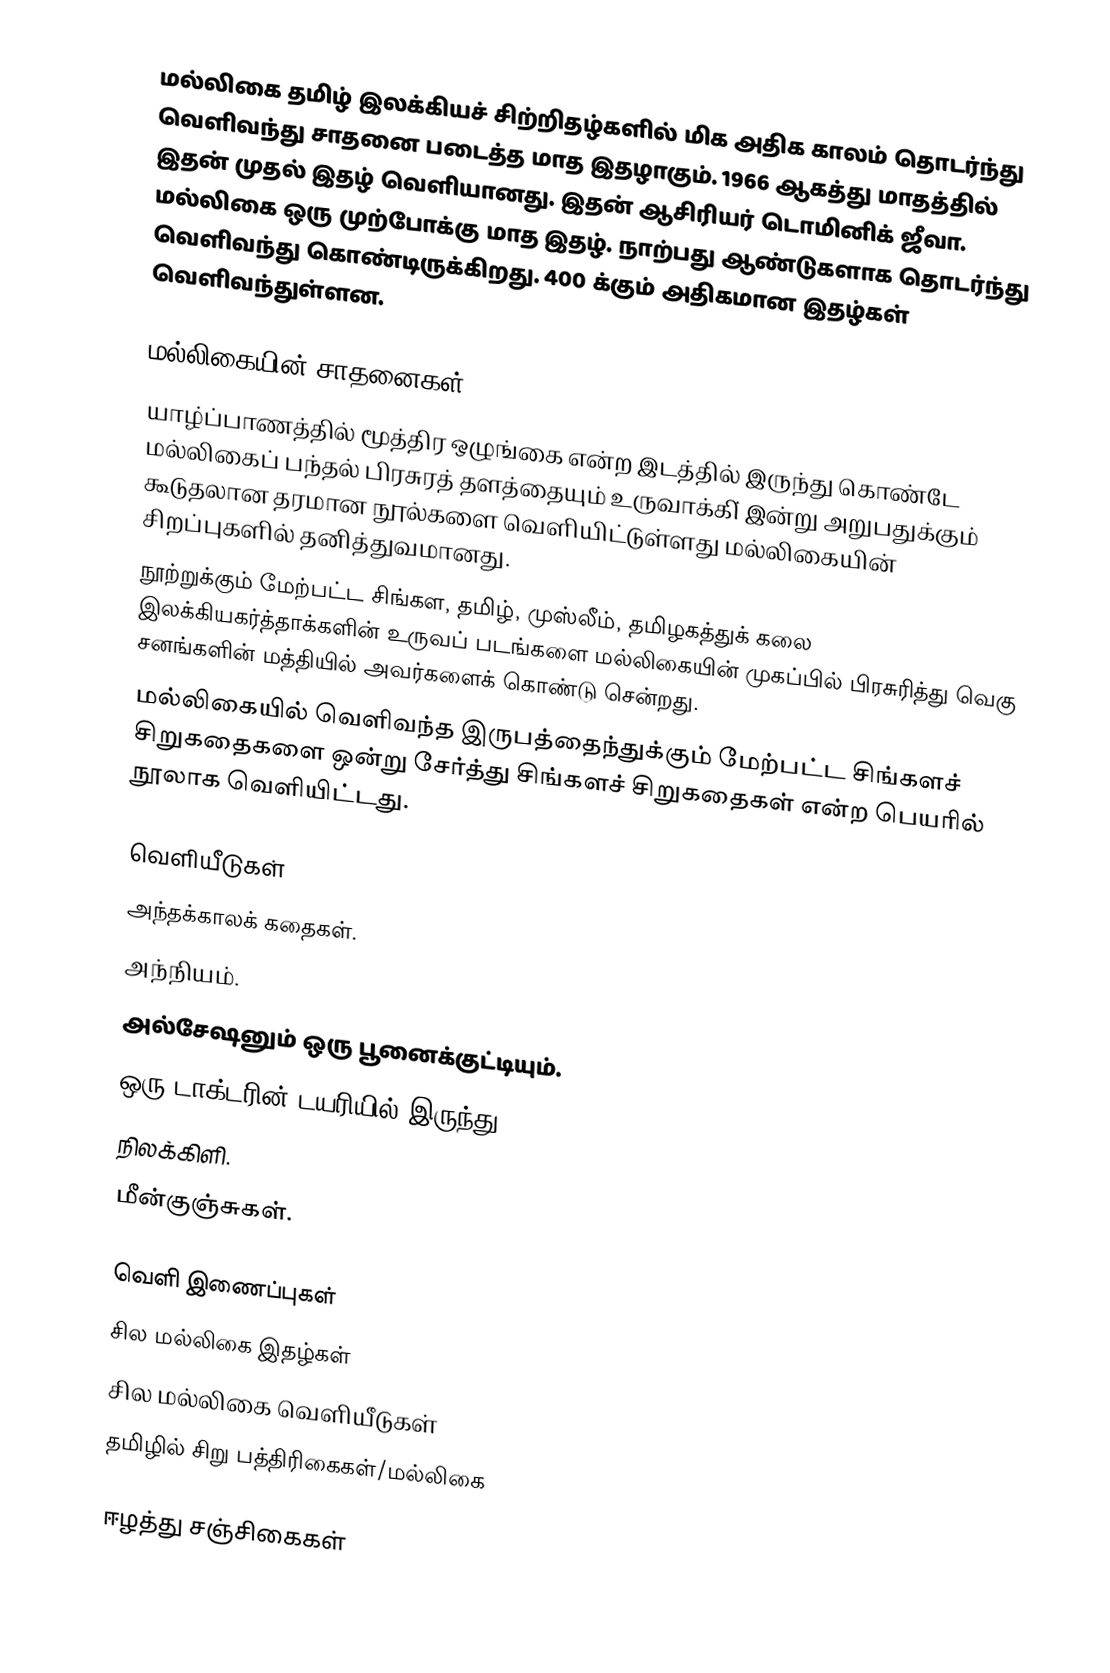
மல்லிகை தமிழ் இலக்கியச் சிற்றிதழ்களில் மிக அதிக காலம் தொடர்ந்து வெளிவந்து சாதனை படைத்த மாத இதழாகும். 1966 ஆகத்து மாதத்தில் இதன் முதல் இதழ் வெளியானது. இதன் ஆசிரியர் டொமினிக் ஜீவா. மல்லிகை ஒரு முற்போக்கு மாத இதழ். நாற்பது ஆண்டுகளாக தொடர்ந்து வெளிவந்து கொண்டிருக்கிறது. 400 க்கும் அதிகமான இதழ்கள் வெளிவந்துள்ளன.

மல்லிகையின் சாதனைகள்
யாழ்ப்பாணத்தில் மூத்திர ஒழுங்கை என்ற இடத்தில் இருந்து கொண்டே மல்லிகைப் பந்தல் பிரசுரத் தளத்தையும் உருவாக்கி் இன்று அறுபதுக்கும் கூடுதலான தரமான நூல்களை வெளியிட்டுள்ளது மல்லிகையின் சிறப்புகளில் தனித்துவமானது.
நூற்றுக்கும் மேற்பட்ட சிங்கள, தமிழ், முஸ்லீம், தமிழகத்துக் கலை இலக்கியகர்த்தாக்களின் உருவப் படங்களை மல்லிகையின் முகப்பில் பிரசுரித்து வெகு சனங்களின் மத்தியில் அவர்களைக் கொண்டு சென்றது.
மல்லிகையில் வெளிவந்த இருபத்தைந்துக்கும் மேற்பட்ட சிங்களச் சிறுகதைகளை ஒன்று சேர்த்து சிங்களச் சிறுகதைகள் என்ற பெயரில் நூலாக வெளியிட்டது.

வெளியீடுகள்
 அந்தக்காலக் கதைகள்.
 அந்நியம்.
 அல்சேஷனும் ஒரு பூனைக்குட்டியும்.
 ஒரு டாக்டரின் டயரியில் இருந்து.
 நிலக்கிளி.
 மீன்குஞ்சுகள்.

வெளி இணைப்புகள்
 சில மல்லிகை இதழ்கள்
 சில மல்லிகை வெளியீடுகள்
தமிழில் சிறு பத்திரிகைகள்/மல்லிகை

ஈழத்து சஞ்சிகைகள்